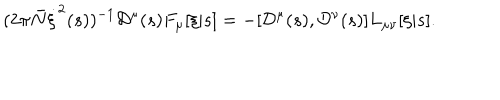
( 2 \pi { \bar { N } } \dot { \xi } ^ { 2 } ( s ) ) ^ { - 1 } { \cal D } ^ { \mu } ( s ) F _ { \mu } [ \xi | s ] = - [ { \cal D } ^ { \mu } ( s ) , { \cal D } ^ { \nu } ( s ) ] L _ { \mu \nu } [ \xi | s ] .